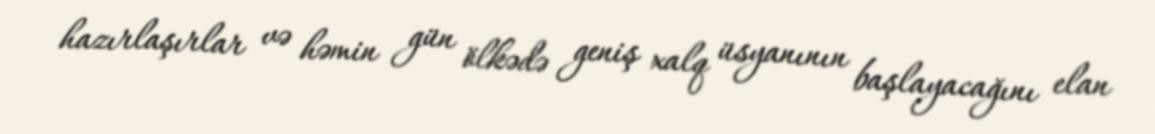
hazırlaşırlar və həmin gün ölkədə geniş xalq üsyanının başlayacağını elan